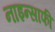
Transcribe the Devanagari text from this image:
नाइन्साफी